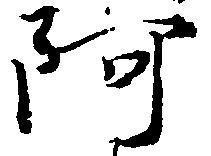
阿